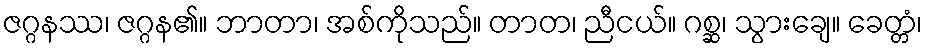
ဇဂ္ဂနဿ၊ ဇဂ္ဂန၏။ ဘာတာ၊ အစ်ကိုသည်။ တာတ၊ ညီငယ်။ ဂစ္ဆ၊ သွားချေ။ ခေတ္တံ၊